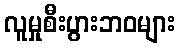
လူမှုစီးပွားဘဝများ